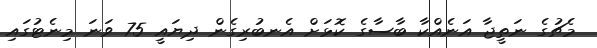
މެޗުގެ ނަތީޖާ އަނެއްކާ ބާސާގެ ކޮޅަށް އެނބުރިގެން ދިޔައީ 75 ވަނަ މިނެޓުގައި